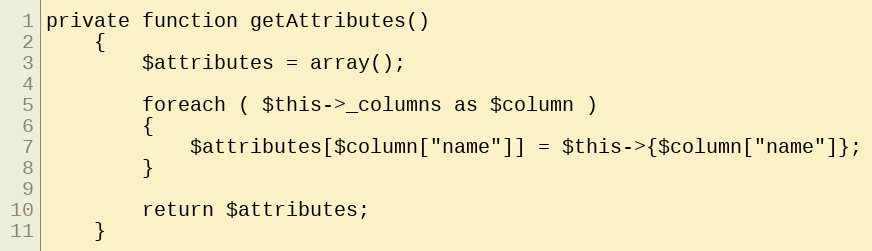
Language: PHP
private function getAttributes()
    {
        $attributes = array();

        foreach ( $this->_columns as $column )
        {
            $attributes[$column["name"]] = $this->{$column["name"]};
        }

        return $attributes;
    }